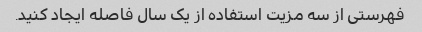
فهرستی از سه مزیت استفاده از یک سال فاصله ایجاد کنید.